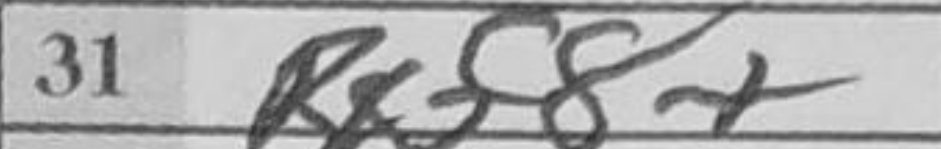
Transcription: Rxf8+